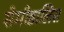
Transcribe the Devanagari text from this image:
सेमीडालिस